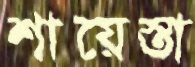
শায়েস্তা